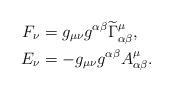
LaTeX: \begin{align*}F_{\nu} &= g_{\mu \nu} g^{\alpha \beta} \widetilde{\Gamma}^{\mu}_{\alpha \beta}, \\E_{\nu} &=-g_{\mu \nu}g^{\alpha \beta}A^{\mu}_{\alpha \beta}. \end{align*}